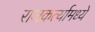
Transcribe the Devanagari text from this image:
राजकर्त्यामध्ये